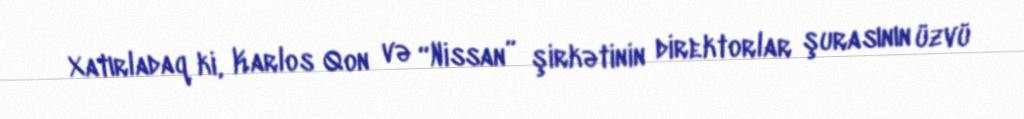
Xatırladaq ki, Karlos Qon və “Nissan” şirkətinin direktorlar şurasının üzvü